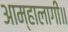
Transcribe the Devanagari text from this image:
आम्हालागीं॥